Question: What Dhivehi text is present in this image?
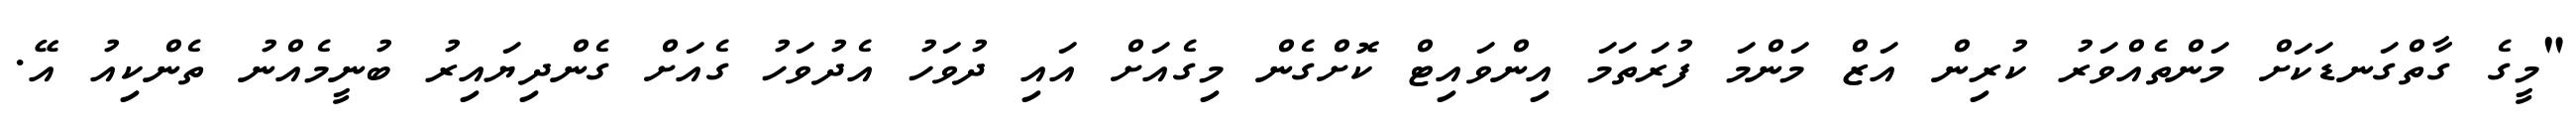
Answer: "މީގެ ގާތްގަނޑަކަށް މަންތެއްވަރު ކުރިން އަޒް މަންމަ ފުރަތަމަ އިންވައިޓް ކޮށްގެން މިގެއަށް އައި ދުވަހު އެދުވަހު ގެއަށް ގެންދިޔައިރު ބުނީމެއްނު ތެންކިއު އޭ.